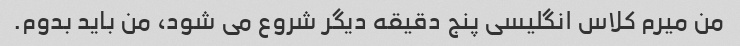
من میرم کلاس انگلیسی پنج دقیقه دیگر شروع می شود، من باید بدوم.